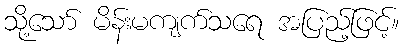
သို့သော် မိန်းမကျက်သရေ အပြည့်ဖြင့်။